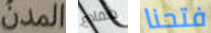
المدن ضفادع فتحنا